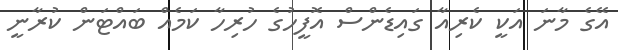
އޭގެ މާނަ އަކީ ކެރިއާ ގައިޑެންސް އޮފީހުގެ ހުރިހާ ކަމެއް ބައްޓަން ކުރާނީ